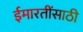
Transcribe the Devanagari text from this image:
ईमारतींसाठी